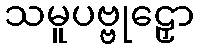
သမူပဗ္ဗုဠှော